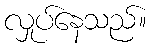
လှုပ်နေသည်။